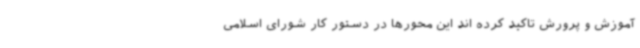
آموزش و پرورش تاکید کرده اند این محورها در دستور کار شورای اسلامی